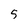
Character: 5